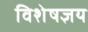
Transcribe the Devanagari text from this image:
विशेषज्ञय